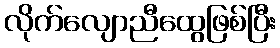
လိုက်လျောညီထွေဖြစ်ပြီး